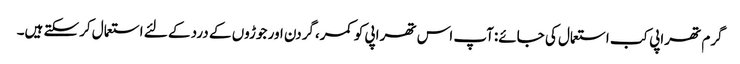
گرم تھراپی کب استعمال کی جائے:آپ اس تھراپی کو کمر،گردن اور جوڑوں کے درد کے لئے استعمال کرسکتے ہیں۔